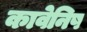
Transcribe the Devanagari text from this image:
कावेनिष